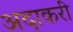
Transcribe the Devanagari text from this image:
अदाकरी